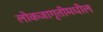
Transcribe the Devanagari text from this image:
लोकजागृतीमधील